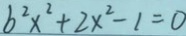
b ^ { 2 } x ^ { 2 } + 2 x ^ { 2 } - 1 = 0